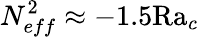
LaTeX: N_{eff}^{2}\approx-1.5\textrm{Ra}_{c}